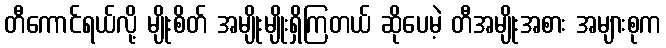
တီကောင်ရယ်လို့ မျိုးစိတ် အမျိုးမျိုးရှိကြတယ် ဆိုပေမဲ့ တီအမျိုးအစား အများစုက